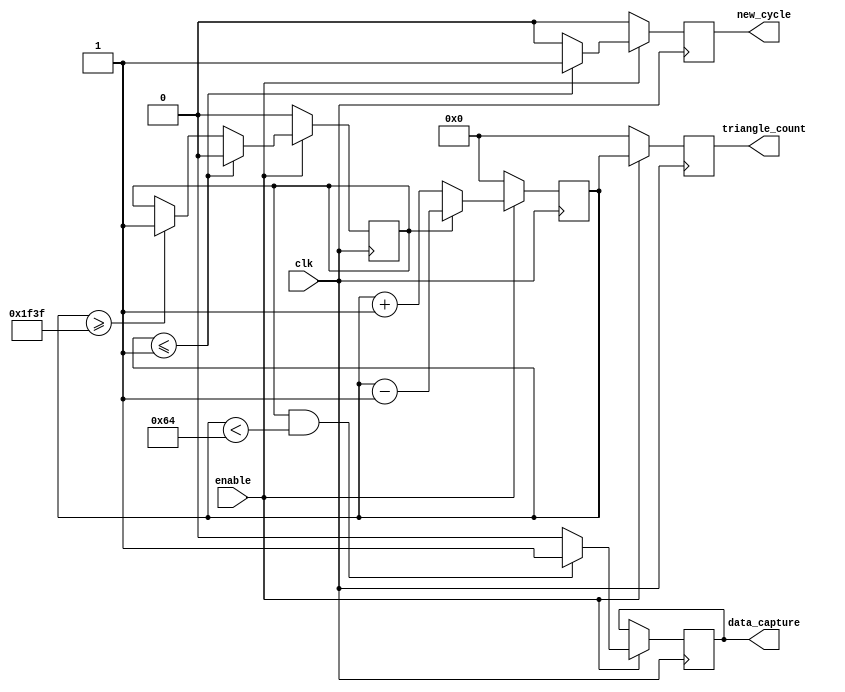
/* 5 kHz for 40 Mhz clk */

module pwm_triangle (input clk,
					 input enable,
					 output reg new_cycle,
					 output reg data_capture,
					 output reg [15:0] triangle_count);
					 
reg [15:0] base_count;
reg flag_down;
					 
initial begin
	new_cycle = 0;
	triangle_count = 0;
	base_count = 0;
	flag_down = 0;
	data_capture = 0;
end

always @(posedge clk) begin
	
	if(enable) begin
	
		if(base_count >= 7999)
			flag_down <= 1;

		
		if(base_count <= 1) begin
			flag_down <= 0;
			new_cycle <= 1;
		end
		else
			new_cycle <= 0;
			
		if(flag_down)
			base_count <= base_count - 1;
		else
			base_count <= base_count + 1;
			
		if(flag_down && base_count < 100)
			data_capture <= 1;
		else 
			data_capture <= 0;
			
		triangle_count <= base_count;
	end
	else begin
		new_cycle <= 0;
		triangle_count <=0;
		flag_down <= 0;
		base_count <= 0;
	end

end
endmodule